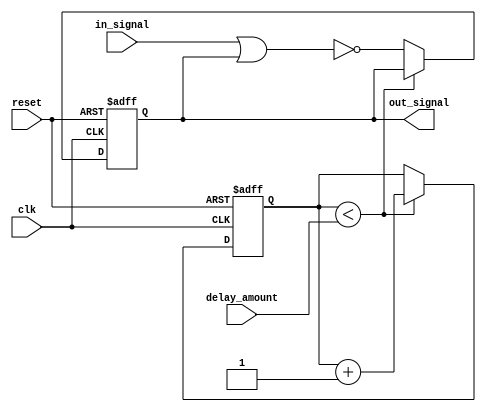
module NOR_Gate_Delay (
    input wire clk,
    input wire reset,
    input wire delay_amount,
    input wire in_signal,
    output reg out_signal
);

reg [31:0] counter;

always @(posedge clk or posedge reset) begin
    if (reset) begin
        counter <= 0;
        out_signal <= 0;
    end else if (counter < delay_amount) begin
        counter <= counter + 1;
    end else begin
        out_signal <= ~(in_signal | out_signal);
    end
end

endmodule